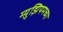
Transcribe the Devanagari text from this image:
म्य़ुझियमच्या